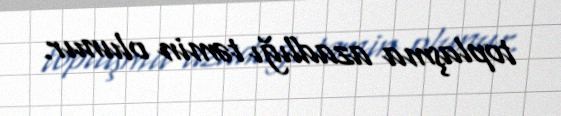
toplaşma azadlığı təmin olunur.